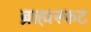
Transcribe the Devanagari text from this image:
ब्राह्मस्फट